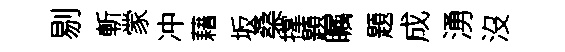
剔斬䝉冲藉坂桑撑題瞩題成湧沒